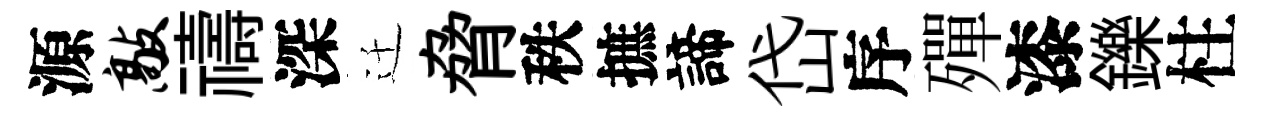
源敲禱深迁脅秩摭諦岱序殫漆鑠柱